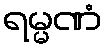
ရမ္မဏံ